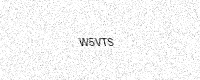
Text: W5VTS